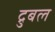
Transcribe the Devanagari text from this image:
द्रुबल